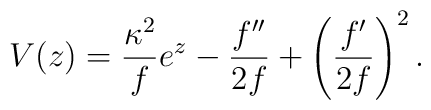
V(z)=\frac{{\kappa}^2}{f}e^z-\frac{f''}{2f}+\left(\frac{f'}{2f}\right)^2.